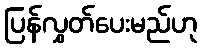
ပြန်လွှတ်ပေးမည်ဟု